Bréfritari: Guðný Jónsdóttir
Viðtakandi: Jón Borgfirðingur
Dagsetning: A-1896-11-01
Skrifað á: Sauðafelli  Dal.
Dóttir Jóns Borgfirðings

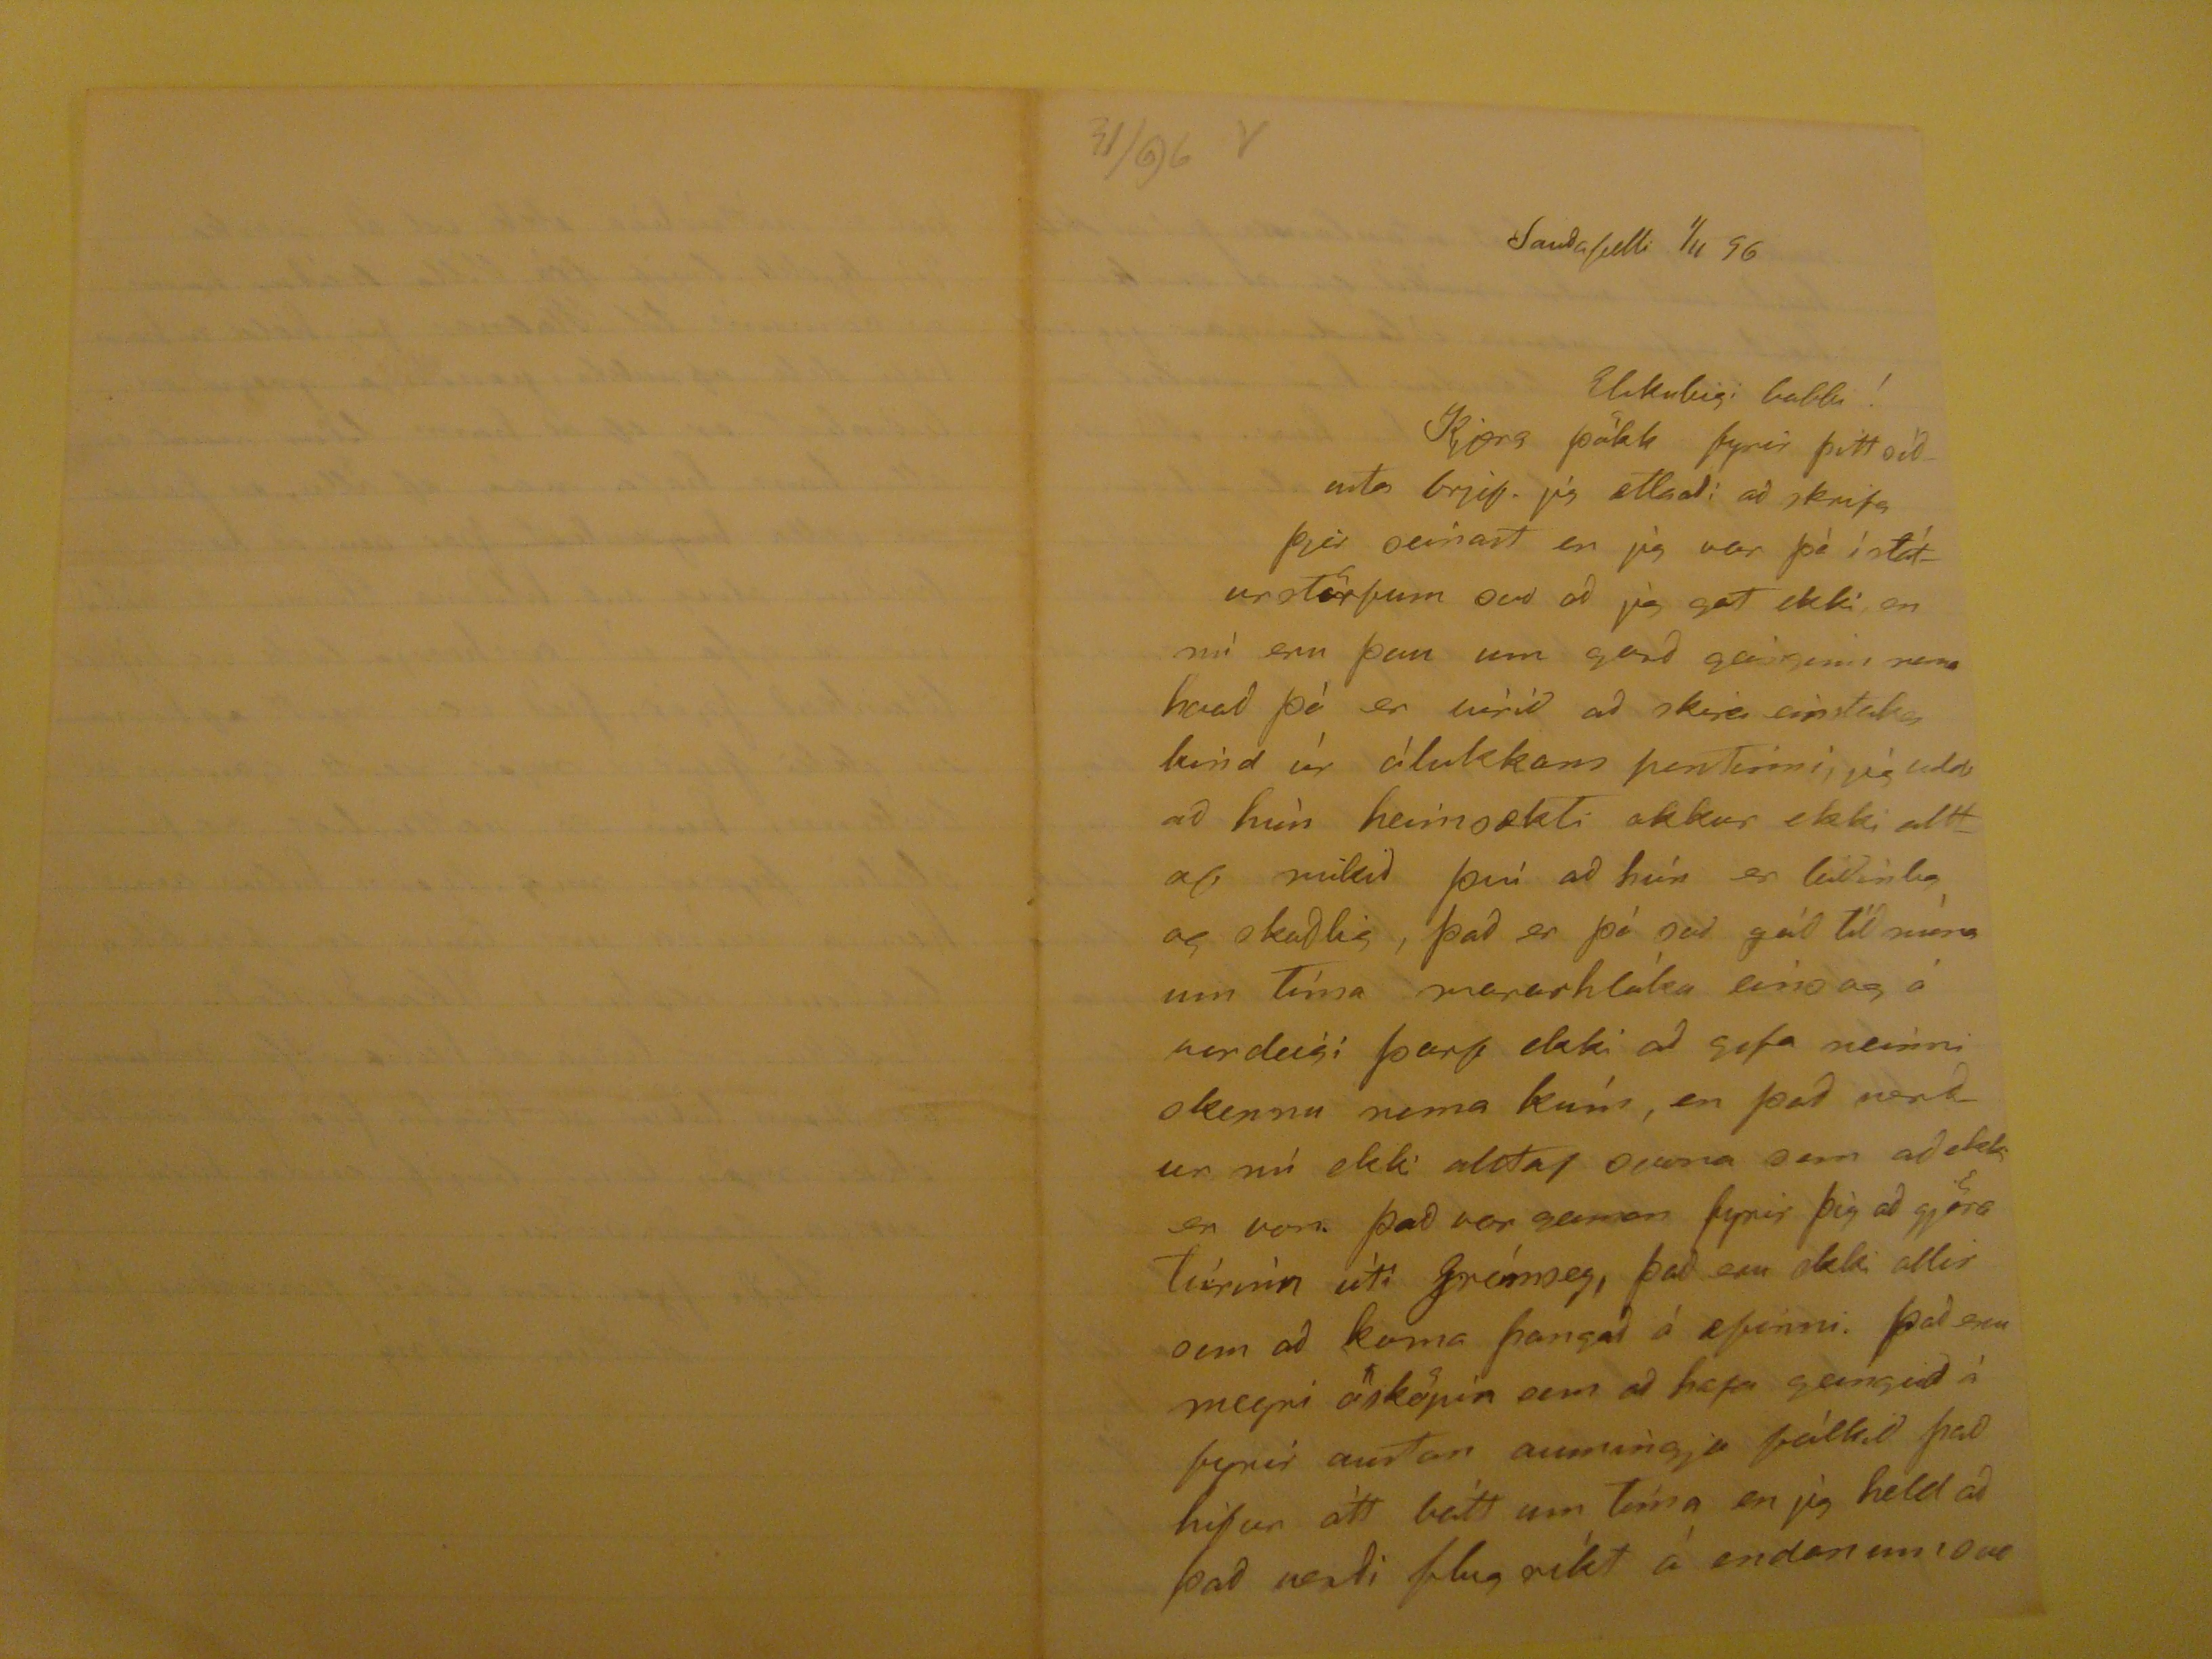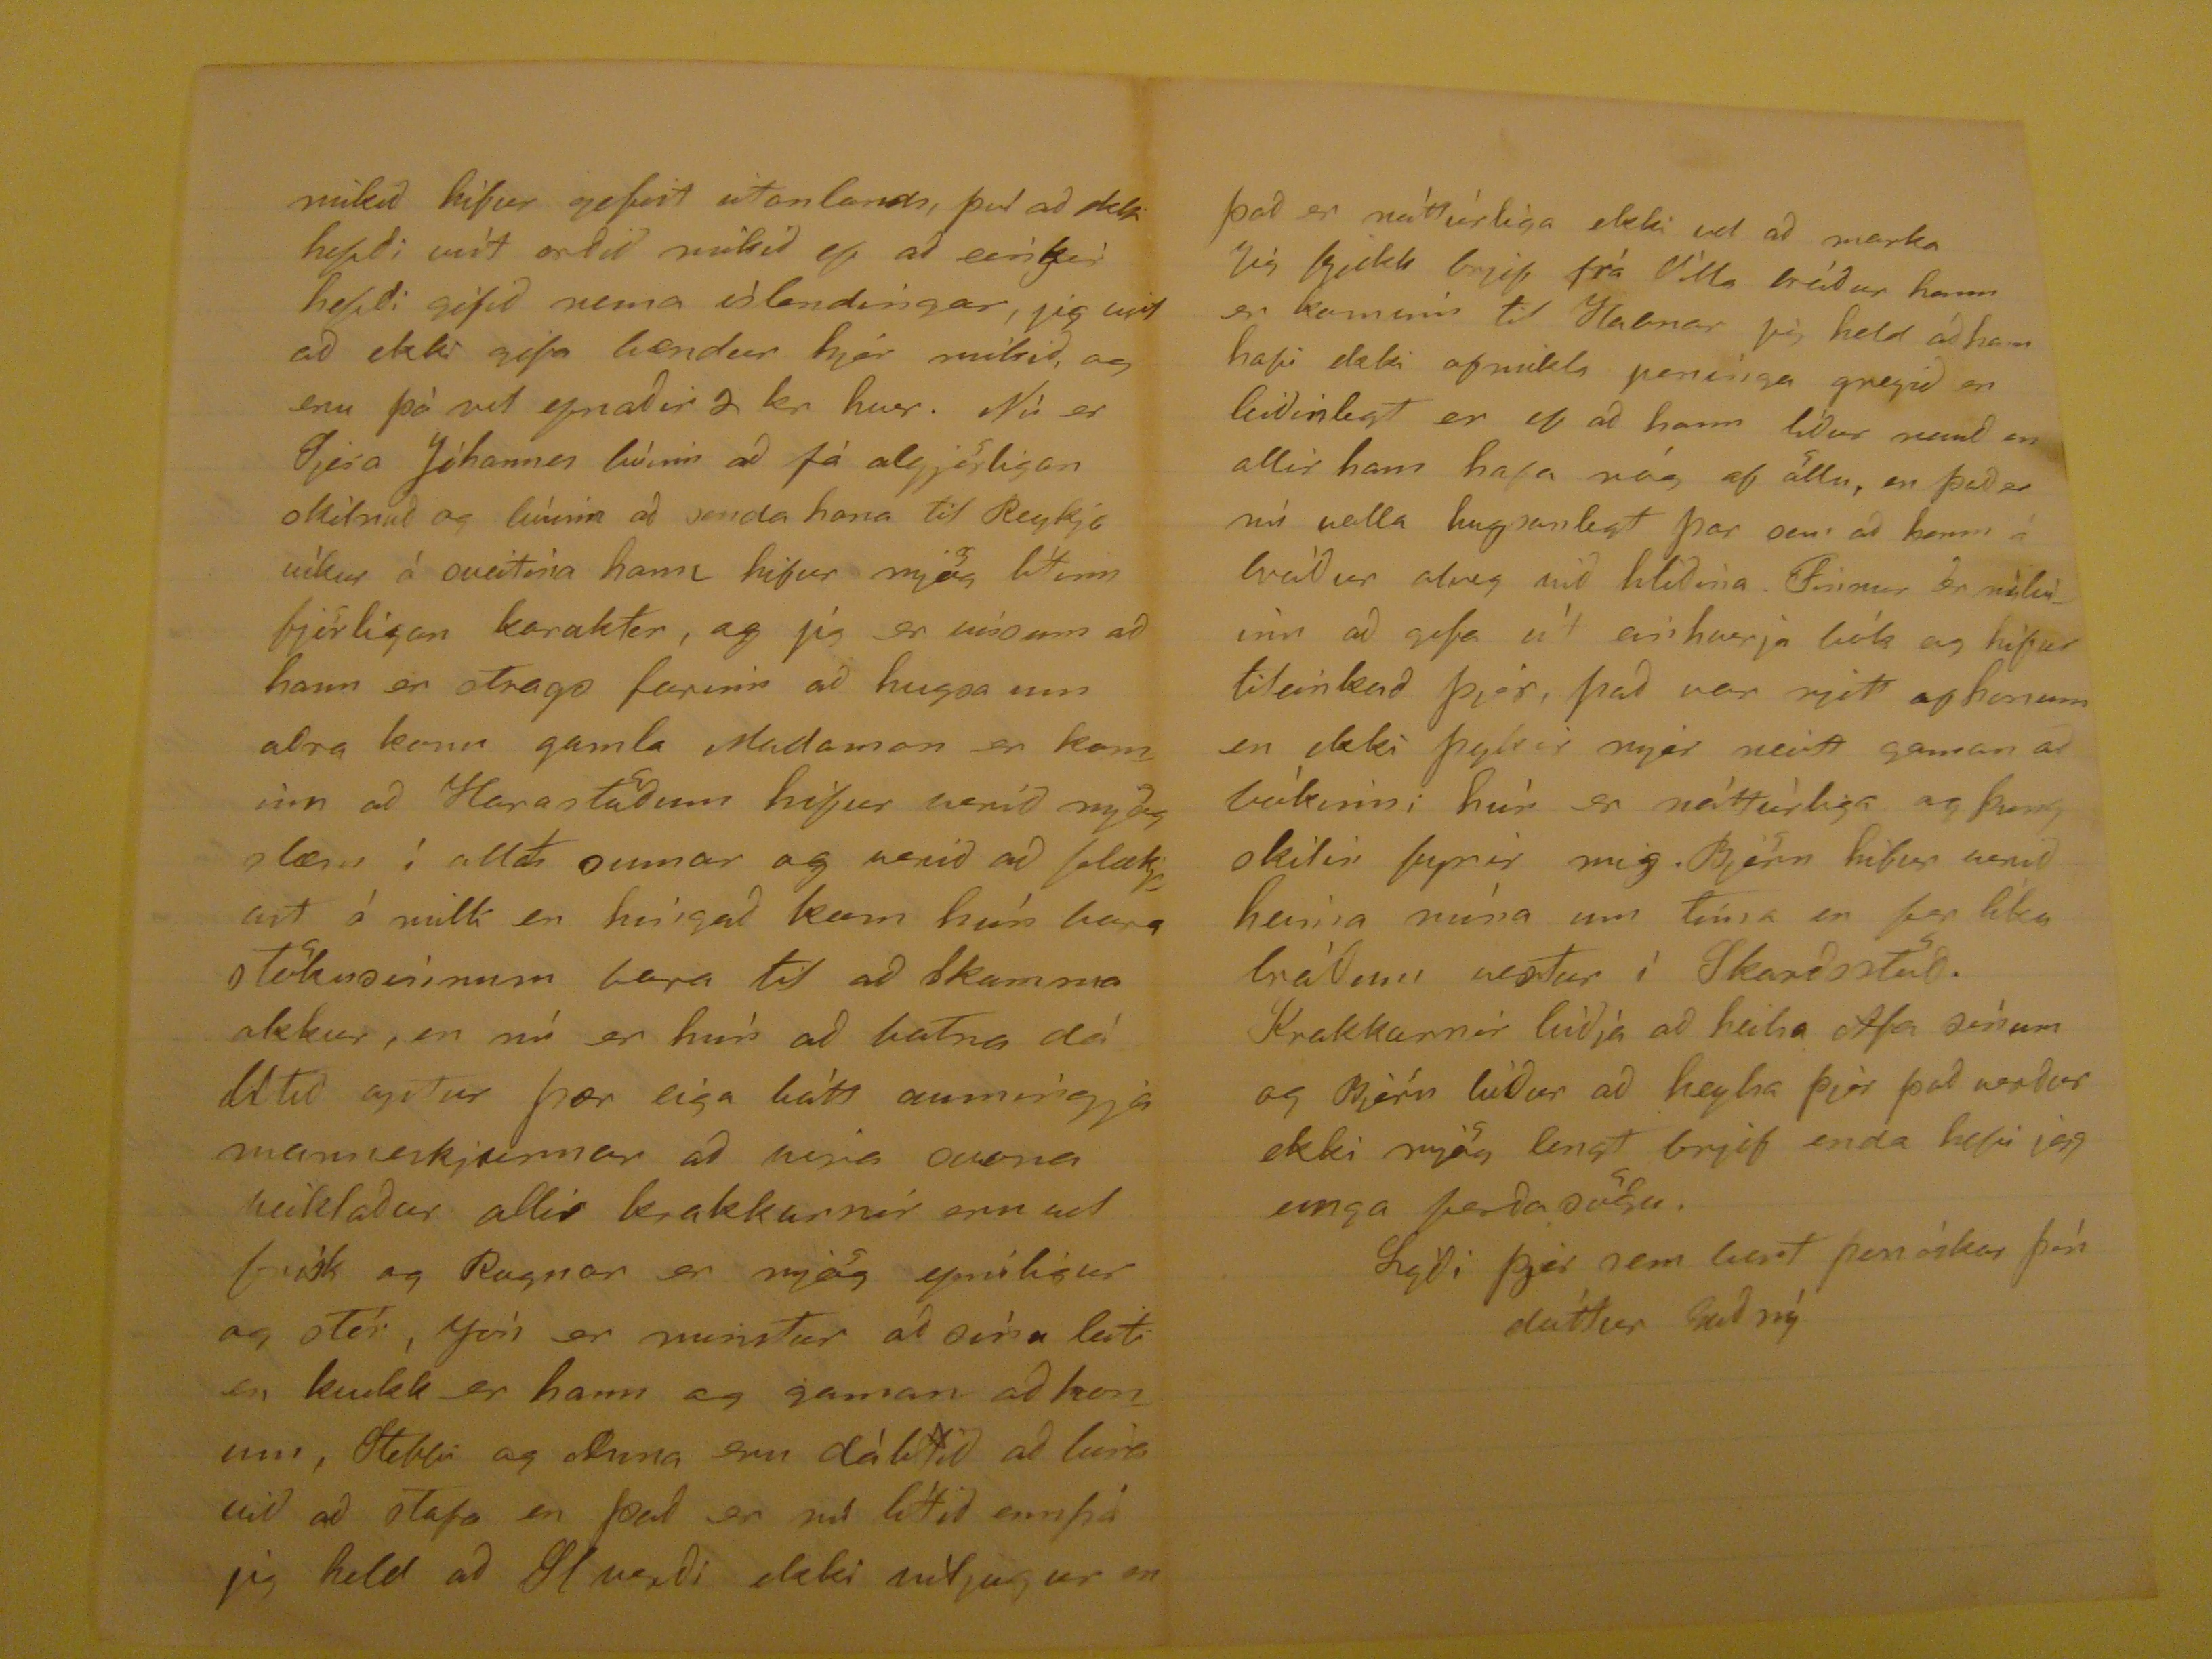

31/96 V
Sauðafelli 1/11 96
Elskuleigi babbi!
Kjæra þökk fyrir þitt orð eða brjef. jig ætlaði að skrifa þjer seinast en jig var þà í sláturstörfum svo að jig gat ekki, en nù eru þau um garð geinginn nema hvað þá er vírið að skira einstaka kind úr ólukkann pestinni, jig held að hún heimsækti okkur ekki allt af mikið því að hún er leiðinlig og skaðlig, það er þá svo góð tíð núna um tíma mararhlàka eins og á vordeigi þarf ekki að figa ninni skepnu nema kúm, en það verður nú ekki alltaf svona sem að ekki er von. það var gaman fyrir þig að gjöra Túrìnn útí Grímsey, það eru ekki allir sem að koma þangað á
efinni
. það eru meiri ósköpin sem að hafa geingið á fyrir austan aumingja fólkið það hifur átt bátt um Tíma en jig held að það verði flugríkt á endanum svo
mikið hifur gefist utanlands, því að ekki hefði víst orðið mikið ef að einkir hefði gifið nema íslendingar, jig veit að ekki gifa bændur hjer mikið, og enn þá
vit
efnaðir 2 kr hver. Nú er Sjera Jòhannes búinn að fá algjörligan skilnað og búinn að senda hana til Reykjavìkur á sveitina hann hifur mjög lítinn fjörligan karakter, og jig er vissum að hann er strags farinn að hugsa um aðra konu gamla Madaman er kominn að
Harastöðum
hifur verið mjög slæm í allt sumar og verið að flækjast á milli en hingað kom hún bara stökusinnum bara til að Skamma okkur, en nú er hùn að batna dálítið
gitur
ær eiga hàtt aumingja manneskjunnar að vira svona veiklaður allir krakkarnir eru vel frísk og Ragnar er mjög epniligur og stór, Jón er minstur að sínu leiti en
kvikk
er hann og gaman að honum, Stebbi og
Anna
eru dàlítið að
læra
við að stafa en það er nú lítið ennþá jig held að
Slugði
ekki viljugur en
það er náttúrliga ekki vel að marka jig fjikk brjif frá Villa bróður hann er kominn til Habnar jig held að hann hafi ekki of mikla peninga greyið en leiðinlegt er ef að hann líður
mund
en allir hann hafi nóg af öllu, en það er nú valla hugsanligt þar sem að hann á bróður alveg við hliðina. Finur er
mikilvin
að gifa út einhverja bók og hifur tileinkað þjer, það var rjett af honum en ekki þykir mjer neitt gaman ad bòkinni hún er náttúrliga og þung skilin fyrir mig. Björn hifur verið heima núna um Tíma er þar líka bráðum vestur ì Skarðsstöð. Krakkarnir biðja að heilsa Afa sìnum og Björn bíður að heylsa þjer það verður ekki mjög langt brjef enda hefi jeg einga ferðasögu.
Lýði þjer sem best þess óskar þìn dóttur Guðný